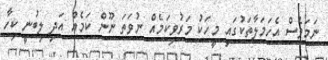
ނަމަވެސް އެހަމަލާތަކުގައި މީހަކު މަރުވިކަމެއް ނުވަތަ ނޫން ކަމެއް އަދި ލިބުނީ ކިހާ